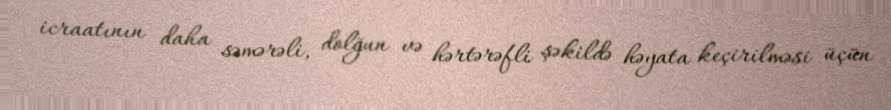
icraatının daha səmərəli, dolğun və hərtərəfli şəkildə həyata keçirilməsi üçün